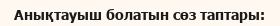
Анықтауыш болатын сөз таптары: